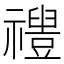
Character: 𱵱